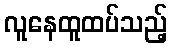
လူနေထူထပ်သည့်